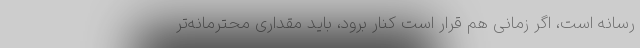
رسانه است، اگر زمانی هم قرار است کنار برود، باید مقداری محترمانه‌تر